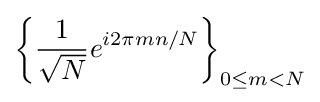
\left\{{\frac {1}{\sqrt {N}}}e^{i2\pi mn/N}\right\}_{0\leq m<N}